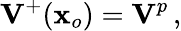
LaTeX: {{\mathbf V}}^{+}({\mathbf x}_{o})={\mathbf V}^{p}\, ,